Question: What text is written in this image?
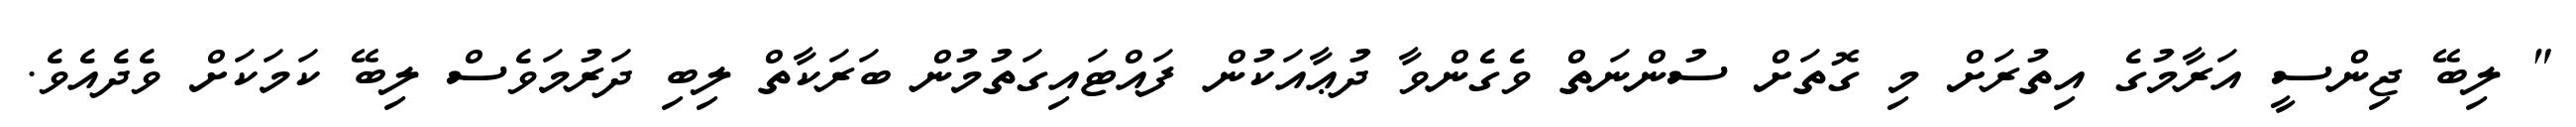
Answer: " ލިބޭ ޖިންސީ އަރާމުގެ އިތުރަށް މި ގޮތަށް ސުންނަތް ވެގެންވާ ދުޢާއަކުން ފައްޓައިގަތުމުން ބަރަކާތް ލިބި ދަރުމަވެސް ލިބޭ ކަމަކަށް ވެދެއެވެ.